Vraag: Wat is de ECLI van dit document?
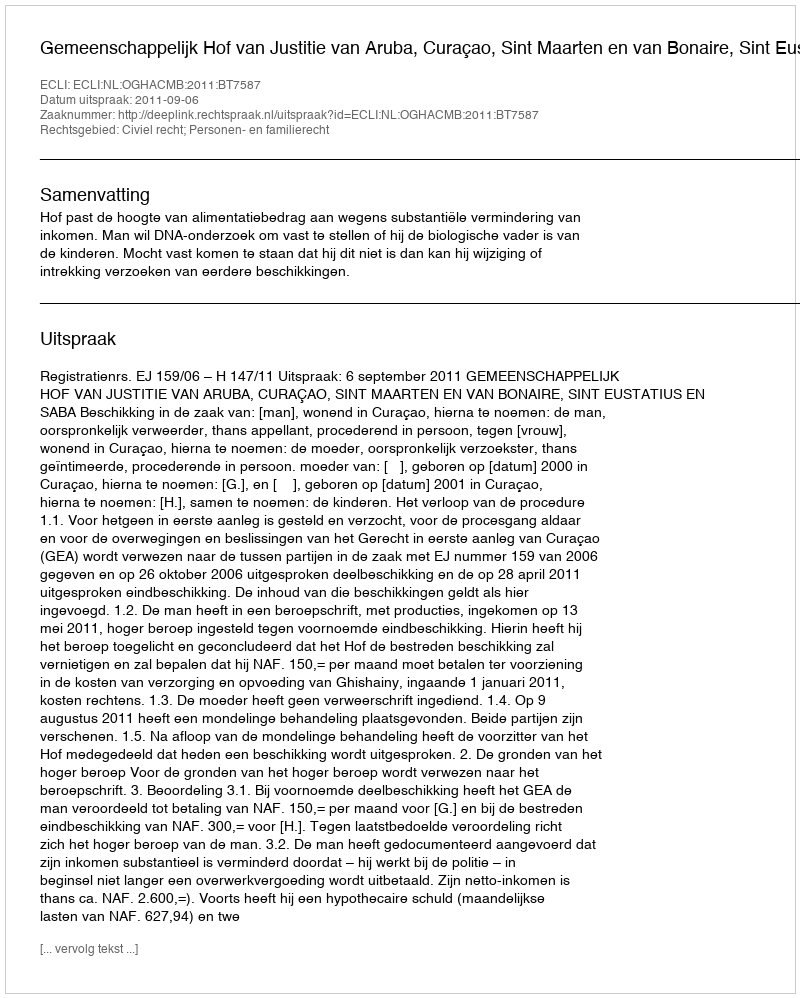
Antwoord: ECLI:NL:OGHACMB:2011:BT7587